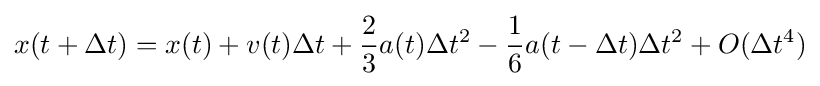
x(t+\Delta t)=x(t)+v(t)\Delta t+{\frac {2}{3}}a(t)\Delta t^{2}-{\frac {1}{6}}a(t-\Delta t)\Delta t^{2}+O(\Delta t^{4})